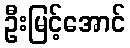
ဦးမြင့်အောင်